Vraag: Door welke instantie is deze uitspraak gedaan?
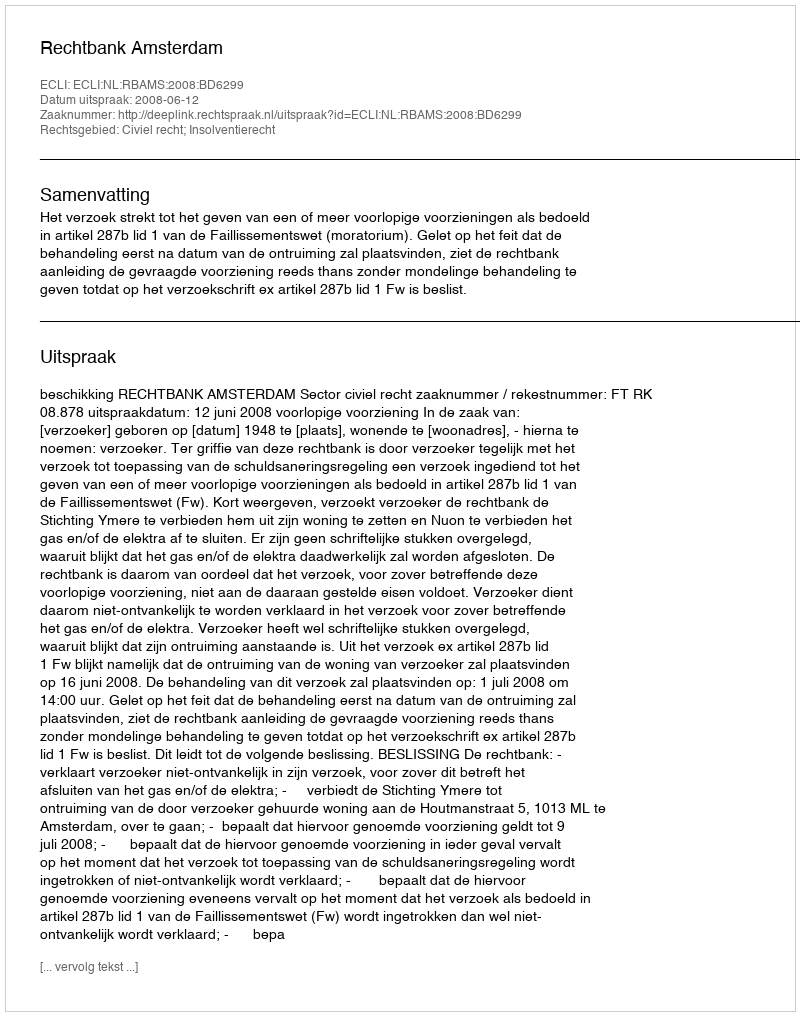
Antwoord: Rechtbank Amsterdam